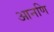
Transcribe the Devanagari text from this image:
आनणि